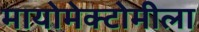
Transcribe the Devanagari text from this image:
मायोमेक्टोमीला